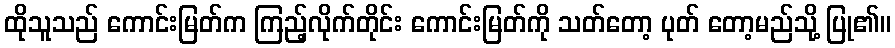
ထိုသူသည် ကောင်းမြတ်က ကြည့်လိုက်တိုင်း ကောင်းမြတ်ကို သတ်တော့ ပုတ် တော့မည်သို့ ပြု၏။